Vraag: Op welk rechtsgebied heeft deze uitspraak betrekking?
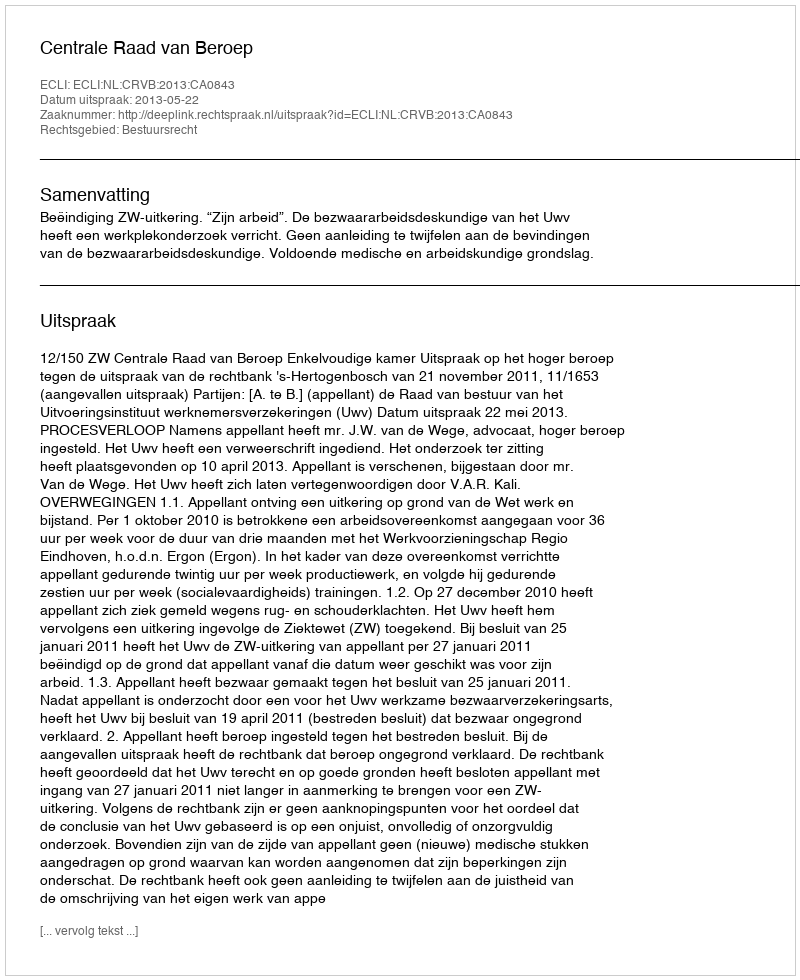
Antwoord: Bestuursrecht